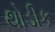
થોડીક